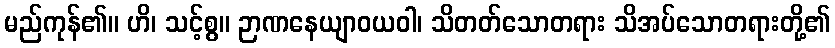
မည်ကုန်၏။ ဟိ၊ သင့်စွ။ ဉာဏနေယျာဝယဝါ၊ သိတတ်သောတရား သိအပ်သောတရားတို့၏